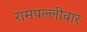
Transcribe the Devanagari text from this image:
रामपल्लीवार